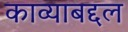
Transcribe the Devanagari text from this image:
काव्याबद्दल